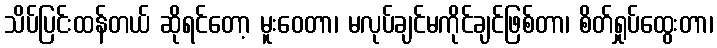
သိပ်ပြင်းထန်တယ် ဆိုရင်တော့ မူးဝေတာ၊ မလုပ်ချင်မကိုင်ချင်ဖြစ်တာ၊ စိတ်ရှုပ်ထွေးတာ၊